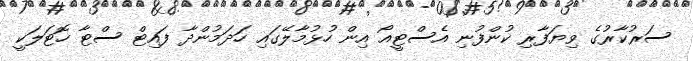
ސަރުކާރުގެ ވިޔަފާރި ކުންފުނި އެސްޓީއޯ އިން ހުޅުމާލޭގައި ހަދަމުންދާ ފައިޓް ސްޓާ ހޮޓަލަކީ